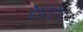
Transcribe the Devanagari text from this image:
हेरिटेग